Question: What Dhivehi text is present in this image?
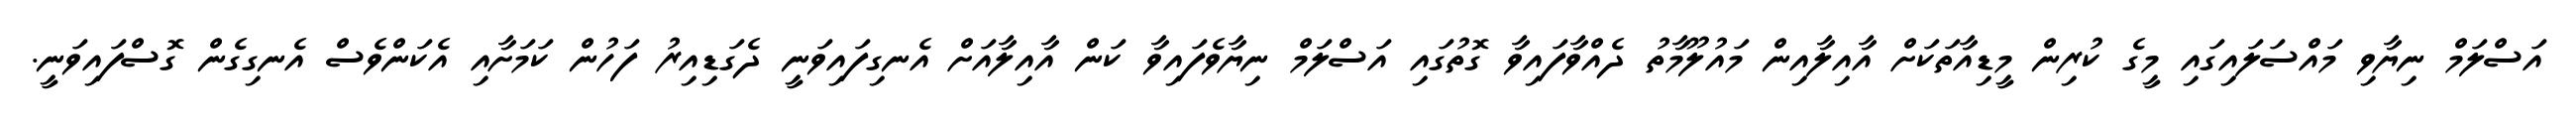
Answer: އަސްލަމް ނިޔާވި މައްސަލައިގައި މީގެ ކުރިން މީޑިއާތަކަށް އާއިލާއިން މައުލޫމާތު ދެއްވާފައިވާ ގޮތުގައި އަސްލަމް ނިޔާވެފައިވާ ކަން އާއިލާއަށް އެނގިފައިވަނީ ދެގަޑިއިރު ފަހުން ކަމަށާއި އެކަންވެސް އެނގިގެން ގޮސްފައިވަނީ.